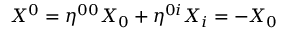
X ^ { 0 } = \eta ^ { 0 0 } X _ { 0 } + \eta ^ { 0 i } X _ { i } = - X _ { 0 }